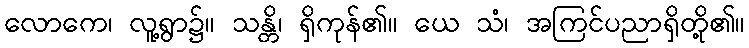
လောကေ၊ လူ့ရွာ၌။ သန္တိ၊ ရှိကုန်၏။ ယေ သံ၊ အကြင်ပညာရှိတို့၏။